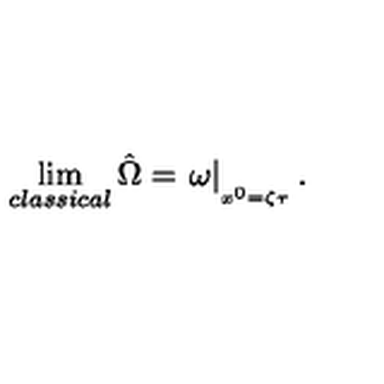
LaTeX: \lim _ { c l a s s i c a l } \hat { \Omega } = \left. \omega \right| _ { _ { x ^ { 0 } = \zeta \tau } } .